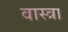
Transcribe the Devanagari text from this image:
वास्त्रा